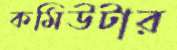
কমিউটার